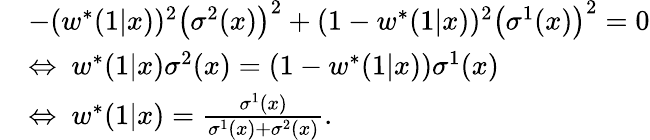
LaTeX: \begin{array}{rl}&{-(w^{*}(1|x))^{2}\left(\sigma^{2}(x)\right)^{2}+(1-w^{*}(1|x))^{2}\left(\sigma^{1}(x)\right)^{2}=0}\\ &{\Leftrightarrow\ w^{*}(1|x)\sigma^{2}(x)=(1-w^{*}(1|x))\sigma^{1}(x)}\\ &{\Leftrightarrow\ w^{*}(1|x)=\frac{\sigma^{1}(x)}{\sigma^{1}(x)+\sigma^{2}(x)}.}\end{array}